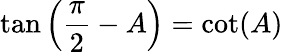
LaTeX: \tan\left({\frac{\pi}{2}}-A\right)=\cot(A)